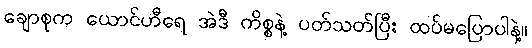
ချောစုက ယောင်ဟီရေ အဲဒီ ကိစ္စနဲ့ ပတ်သတ်ပြီး ထပ်မပြောပါနဲ့။